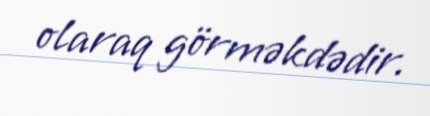
olaraq görməkdədir.